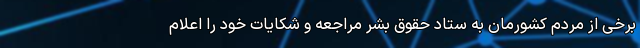
برخی از مردم کشورمان به ستاد حقوق بشر مراجعه و شکایات خود را اعلام